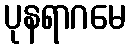
ပုနရာဂမေ